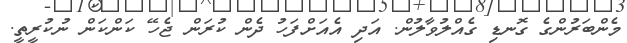
މެންބަރުންގެ ގޮނޑި ގެއްލުވާލުން. އަދި އެއަށްފަހު ދެން ކުރަން ޖެހޭ ކަންކަން ނުކުރީތީ.